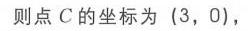
则点$C$的坐标为$(3,0),$